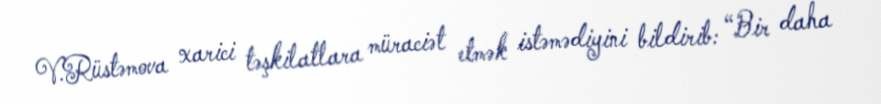
V.Rüstəmova xarici təşkilatlara müraciət etmək istəmədiyini bildirib: “Bir daha